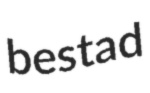
bestad